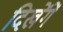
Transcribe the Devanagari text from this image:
दिखेंगें